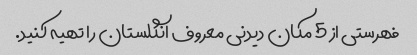
فهرستی از 5 مکان دیدنی معروف انگلستان را تهیه کنید.